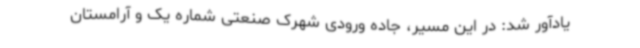
یادآور شد: در این مسیر، جاده ورودی شهرک صنعتی شماره یک و آرامستان